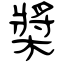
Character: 槳